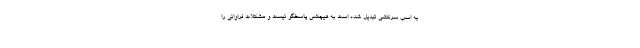
به اسب سرکشی تبدیل شده است به هیچکس پاسخگو نیست و مشکلات فراوانی را